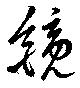
鏡